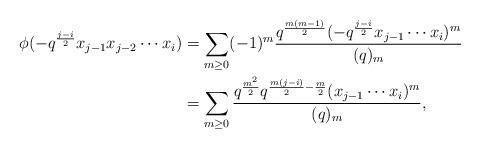
LaTeX: \begin{align*}\phi(-q^{\frac{j-i}{2}}x_{j-1}x_{j-2}\cdots x_{i})&=\displaystyle \sum_{m\geq 0}(-1)^{m}\frac{q^{\frac{m(m-1)}{2}}(-q^{\frac{j-i}{2}}x_{j-1}\cdots x_{i})^{m}}{(q)_{m}} \\&= \displaystyle \sum_{m\geq 0}\frac{q^{\frac{m^{2}}{2}}q^{\frac{m(j-i)}{2}-\frac{m}{2}}(x_{j-1}\cdots x_{i})^{m}}{(q)_{m}},\end{align*}